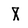
Character: X